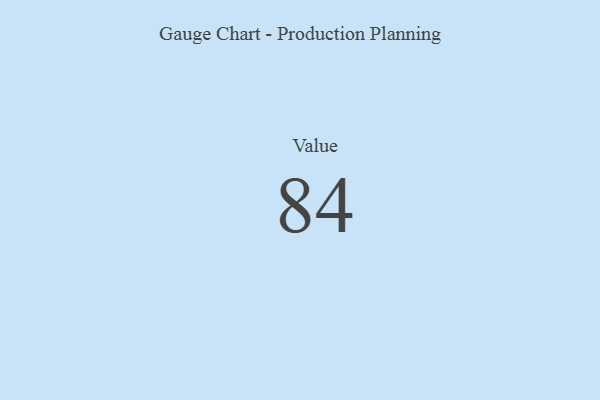
{"axis": {"x": "Metric", "y": "Value"}, "legend": [""], "data": [{"x": "Value", "y": 84, "type": ""}]}